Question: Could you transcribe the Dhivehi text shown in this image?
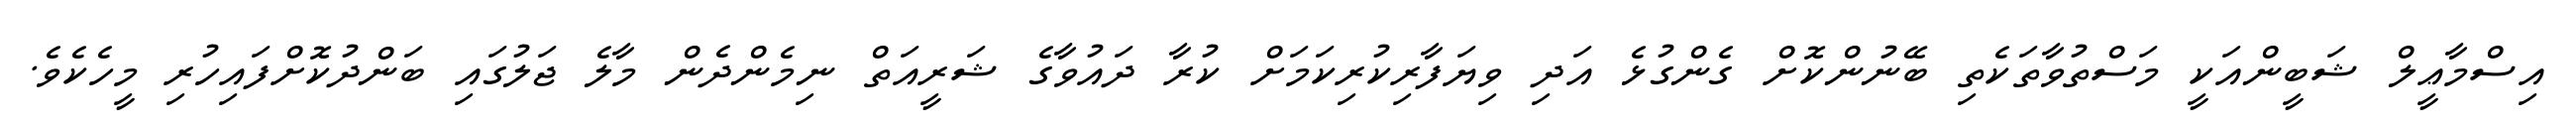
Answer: އިސްމާޢީލް ޝަބީންއަކީ މަސްތުވާތަކެތި ބޭނުންކޮށް ގެންގުޅެ އަދި ވިޔަފާރިކުރިކަމަށް ކުރާ ދައުވާގެ ޝަރީއަތް ނިމެންދެން މާލެ ޖަލުގައި ބަންދުކޮށްފައިހުރި މީހެކެވެ.